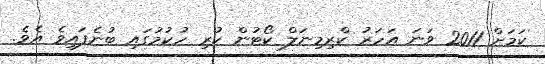
ކަމަށް 2011 ވަނަ އަހަރު ކްރިމިނަލް ކޯޓުން ކުރި ހުކުމުގައި ބުނެފައިވެ އެވެ.